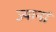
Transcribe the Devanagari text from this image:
ज्यानां